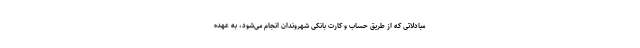
مبادلاتی که از طریق حساب و کارت بانکی شهروندان انجام می‌شود، به عهده